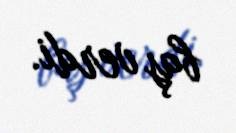
baş verdi.